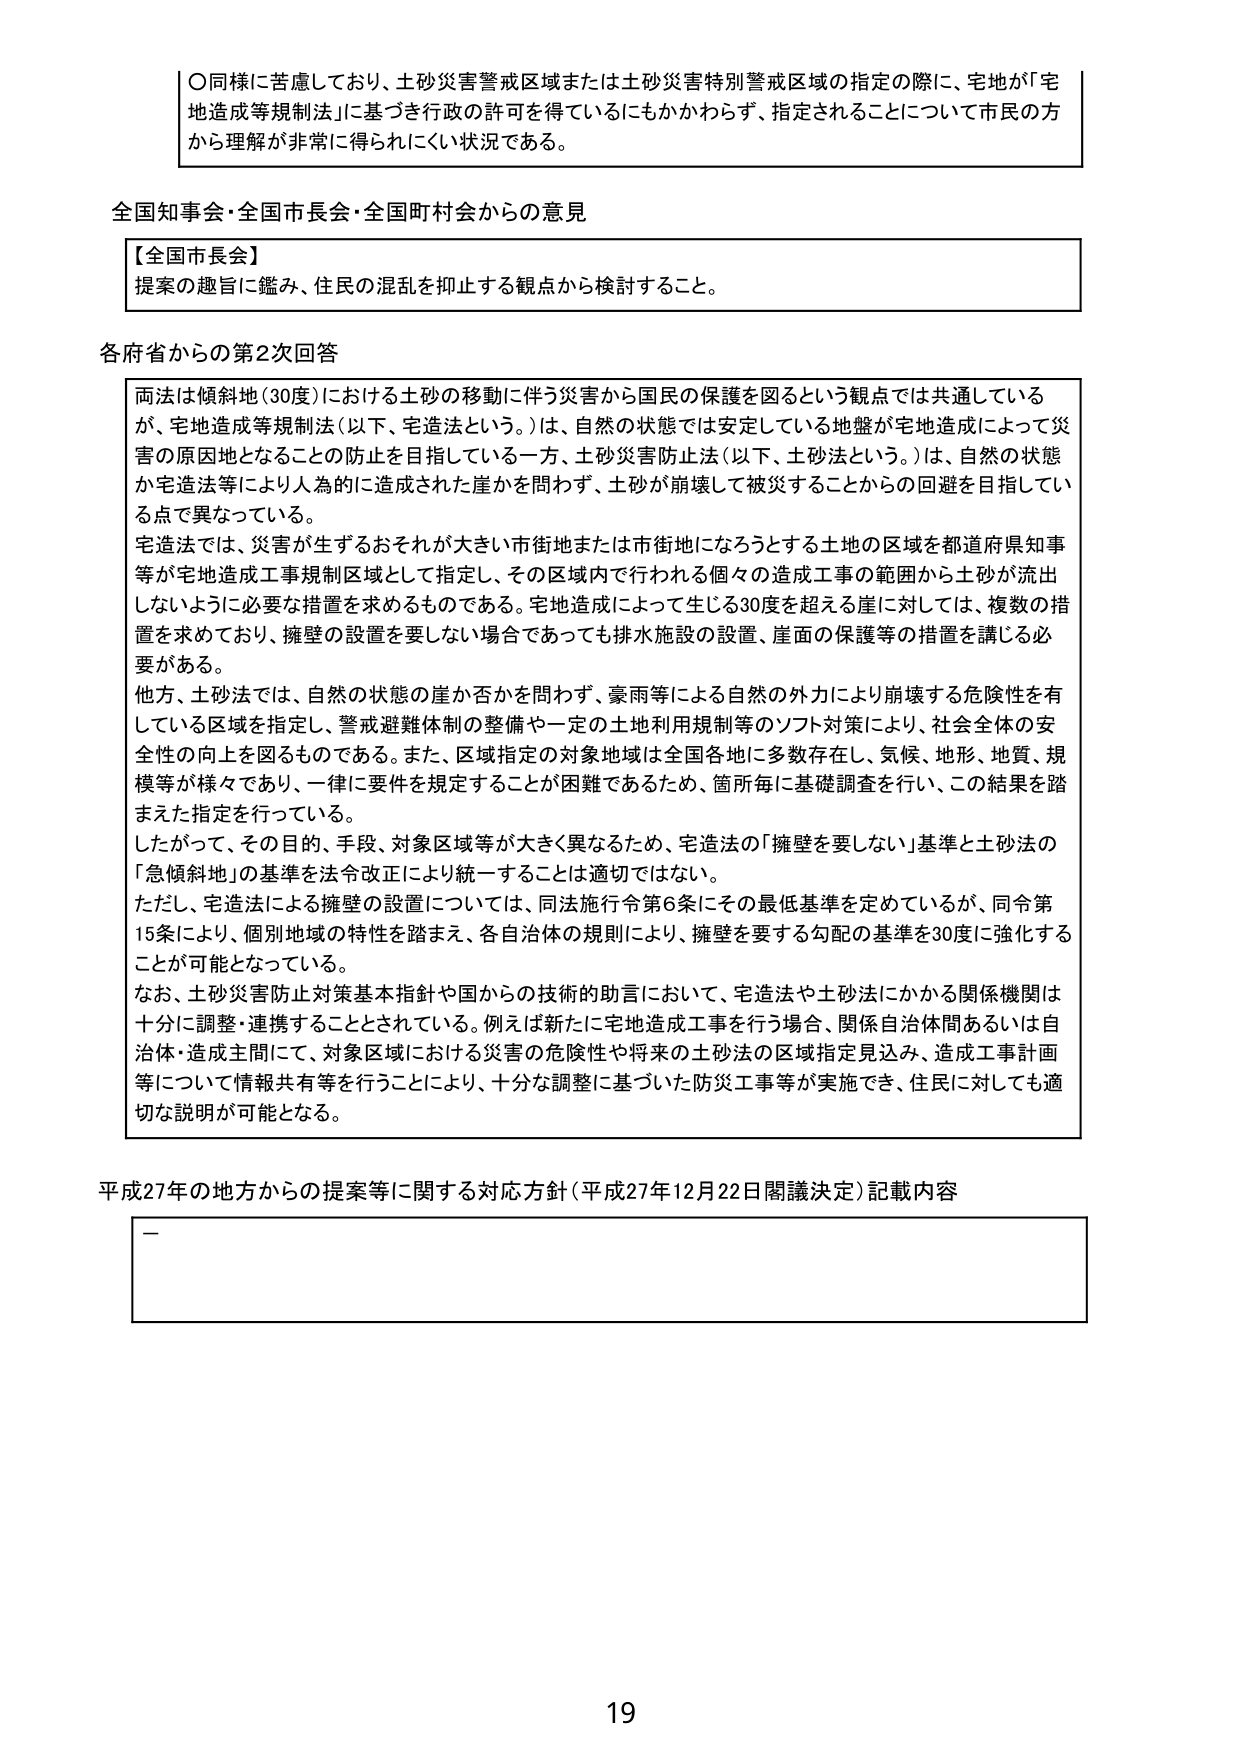
〇同様に苦慮しており、土砂災害警戒区域または土砂災害特別警戒区域の指定の際に、宅地が「宅地造成等規制法」に基づき行政の許可を得ているにもかかわらず、指定されることについて市民の方から理解が非常に得られにくい状況である。

全国知事会・全国市長会・全国町村会からの意見

【全国市長会】
提案の趣旨に鑑み、住民の混乱を抑止する観点から検討すること。

各府省からの第2次回答

両法は傾斜地（30度）における土砂の移動に伴う災害から国民の保護を図るという観点では共通しているが、宅地造成等規制法（以下、宅造法という。）は、自然の状態では安定している地盤が宅地造成によって災害の原因地となることの防止を目指している一方、土砂災害防止法（以下、土砂法という。）は、自然の状態か宅造法等により人為的に造成された崖を問わず、土砂が崩壊して被災することからの回避を目指している点で異なっている。

宅造法では、災害が生ずるおそれが大きい市街地または市街地になろうとする土地の区域を都道府県知事等が宅地造成工事規制区域として指定し、その区域内で行われる個々の造成工事の範囲から土砂が流出しないように必要な措置を求めるものである。宅地造成によって生じる30度を超える崖に対しては、複数の措置を求めており、擁壁の設置を要しない場合であっても排水施設の設置、崖面の保護等の措置を講じる必要がある。

他方、土砂法では、自然の状態の崖か否かを問わず、豪雨等による自然の外力により崩壊する危険性を有している区域を指定し、警戒避難体制の整備や一定の土地利用規制等のソフト対策により、社会全体の安全性の向上を図るものである。また、区域指定の対象地域は全国各地に多数存在し、気候、地形、地質、規模等が様々であり、一律に要件を規定することが困難であるため、箇所毎に基礎調査を行い、この結果を踏まえた指定を行っている。

したがって、その目的、手段、対象区域等が大きく異なるため、宅造法の「擁壁を要しない」基準と土砂法の「急傾斜地」の基準を法令改正により統一することは適切ではない。

ただし、宅造法による擁壁の設置については、同法施行令第6条にその最低基準を定めているが、同令第15条により、個別地域の特性を踏まえ、各自治体の規則により、擁壁を要する勾配の基準を30度に強化することが可能となっている。

なお、土砂災害防止対策基本指針や国からの技術的助言において、宅造法や土砂法にかかる関係機関は十分に調整・連携することとされている。例えば新たに宅地造成工事を行う場合、関係自治体間あるいは自治体・造成主間にて、対象区域における災害の危険性や将来の土砂法の区域指定見込み、造成工事計画等について情報共有等を行うことにより、十分な調整に基づいた防災工事等が実施でき、住民に対しても適切な説明が可能となる。

平成27年の地方からの提案等に関する対応方針（平成27年12月22日閣議決定）記載内容

—

19